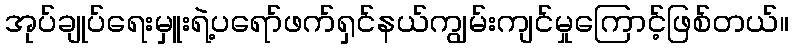
အုပ်ချုပ်ရေးမှူးရဲ့ပရော်ဖက်ရှင်နယ်ကျွမ်းကျင်မှုကြောင့်ဖြစ်တယ်။